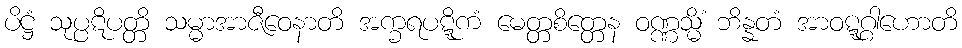
ပိဋ္ဌံ သုပ္ပဋိပတ္တိ သမ္မာအာဇီဝေနာတိ အက္ခရပဋ္ဋိကံ မေတ္တစိတ္တေန ဝဏ္ဏသ္မိံ ဘိန္နတံ အာဝဋ္ဋဂ္ဂါဟောတိ